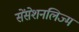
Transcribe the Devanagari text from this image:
सेंसेशनलिज्म